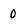
Character: 0